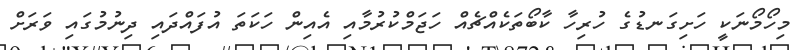
މިހޯމޯނަކީ ހަށިގަނޑުގެ ހުރިހާ ކާބޯތަކެއްޗެއް ހަޖަމްކުރުމާއި އެއިން ހަކަތަ އުފައްދައި ދިނުމުގައި ވަރަށް